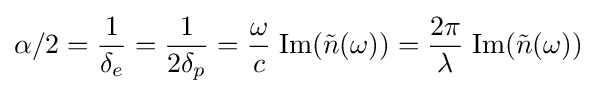
\alpha /2={\frac {1}{\delta _{e}}}={\frac {1}{2\delta _{p}}}={\frac {\omega }{c}}\;\mathrm {Im} ({\tilde {n}}(\omega ))={\frac {2\pi }{\lambda }}\;\mathrm {Im} ({\tilde {n}}(\omega ))